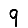
Digit: 9